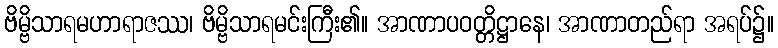
ဗိမ္ဗိသာရမဟာရာဇဿ၊ ဗိမ္ဗိသာရမင်းကြီး၏။ အာဏာပဝတ္တိဋ္ဌာနေ၊ အာဏာတည်ရာ အရပ်၌။